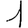
Digit: 1